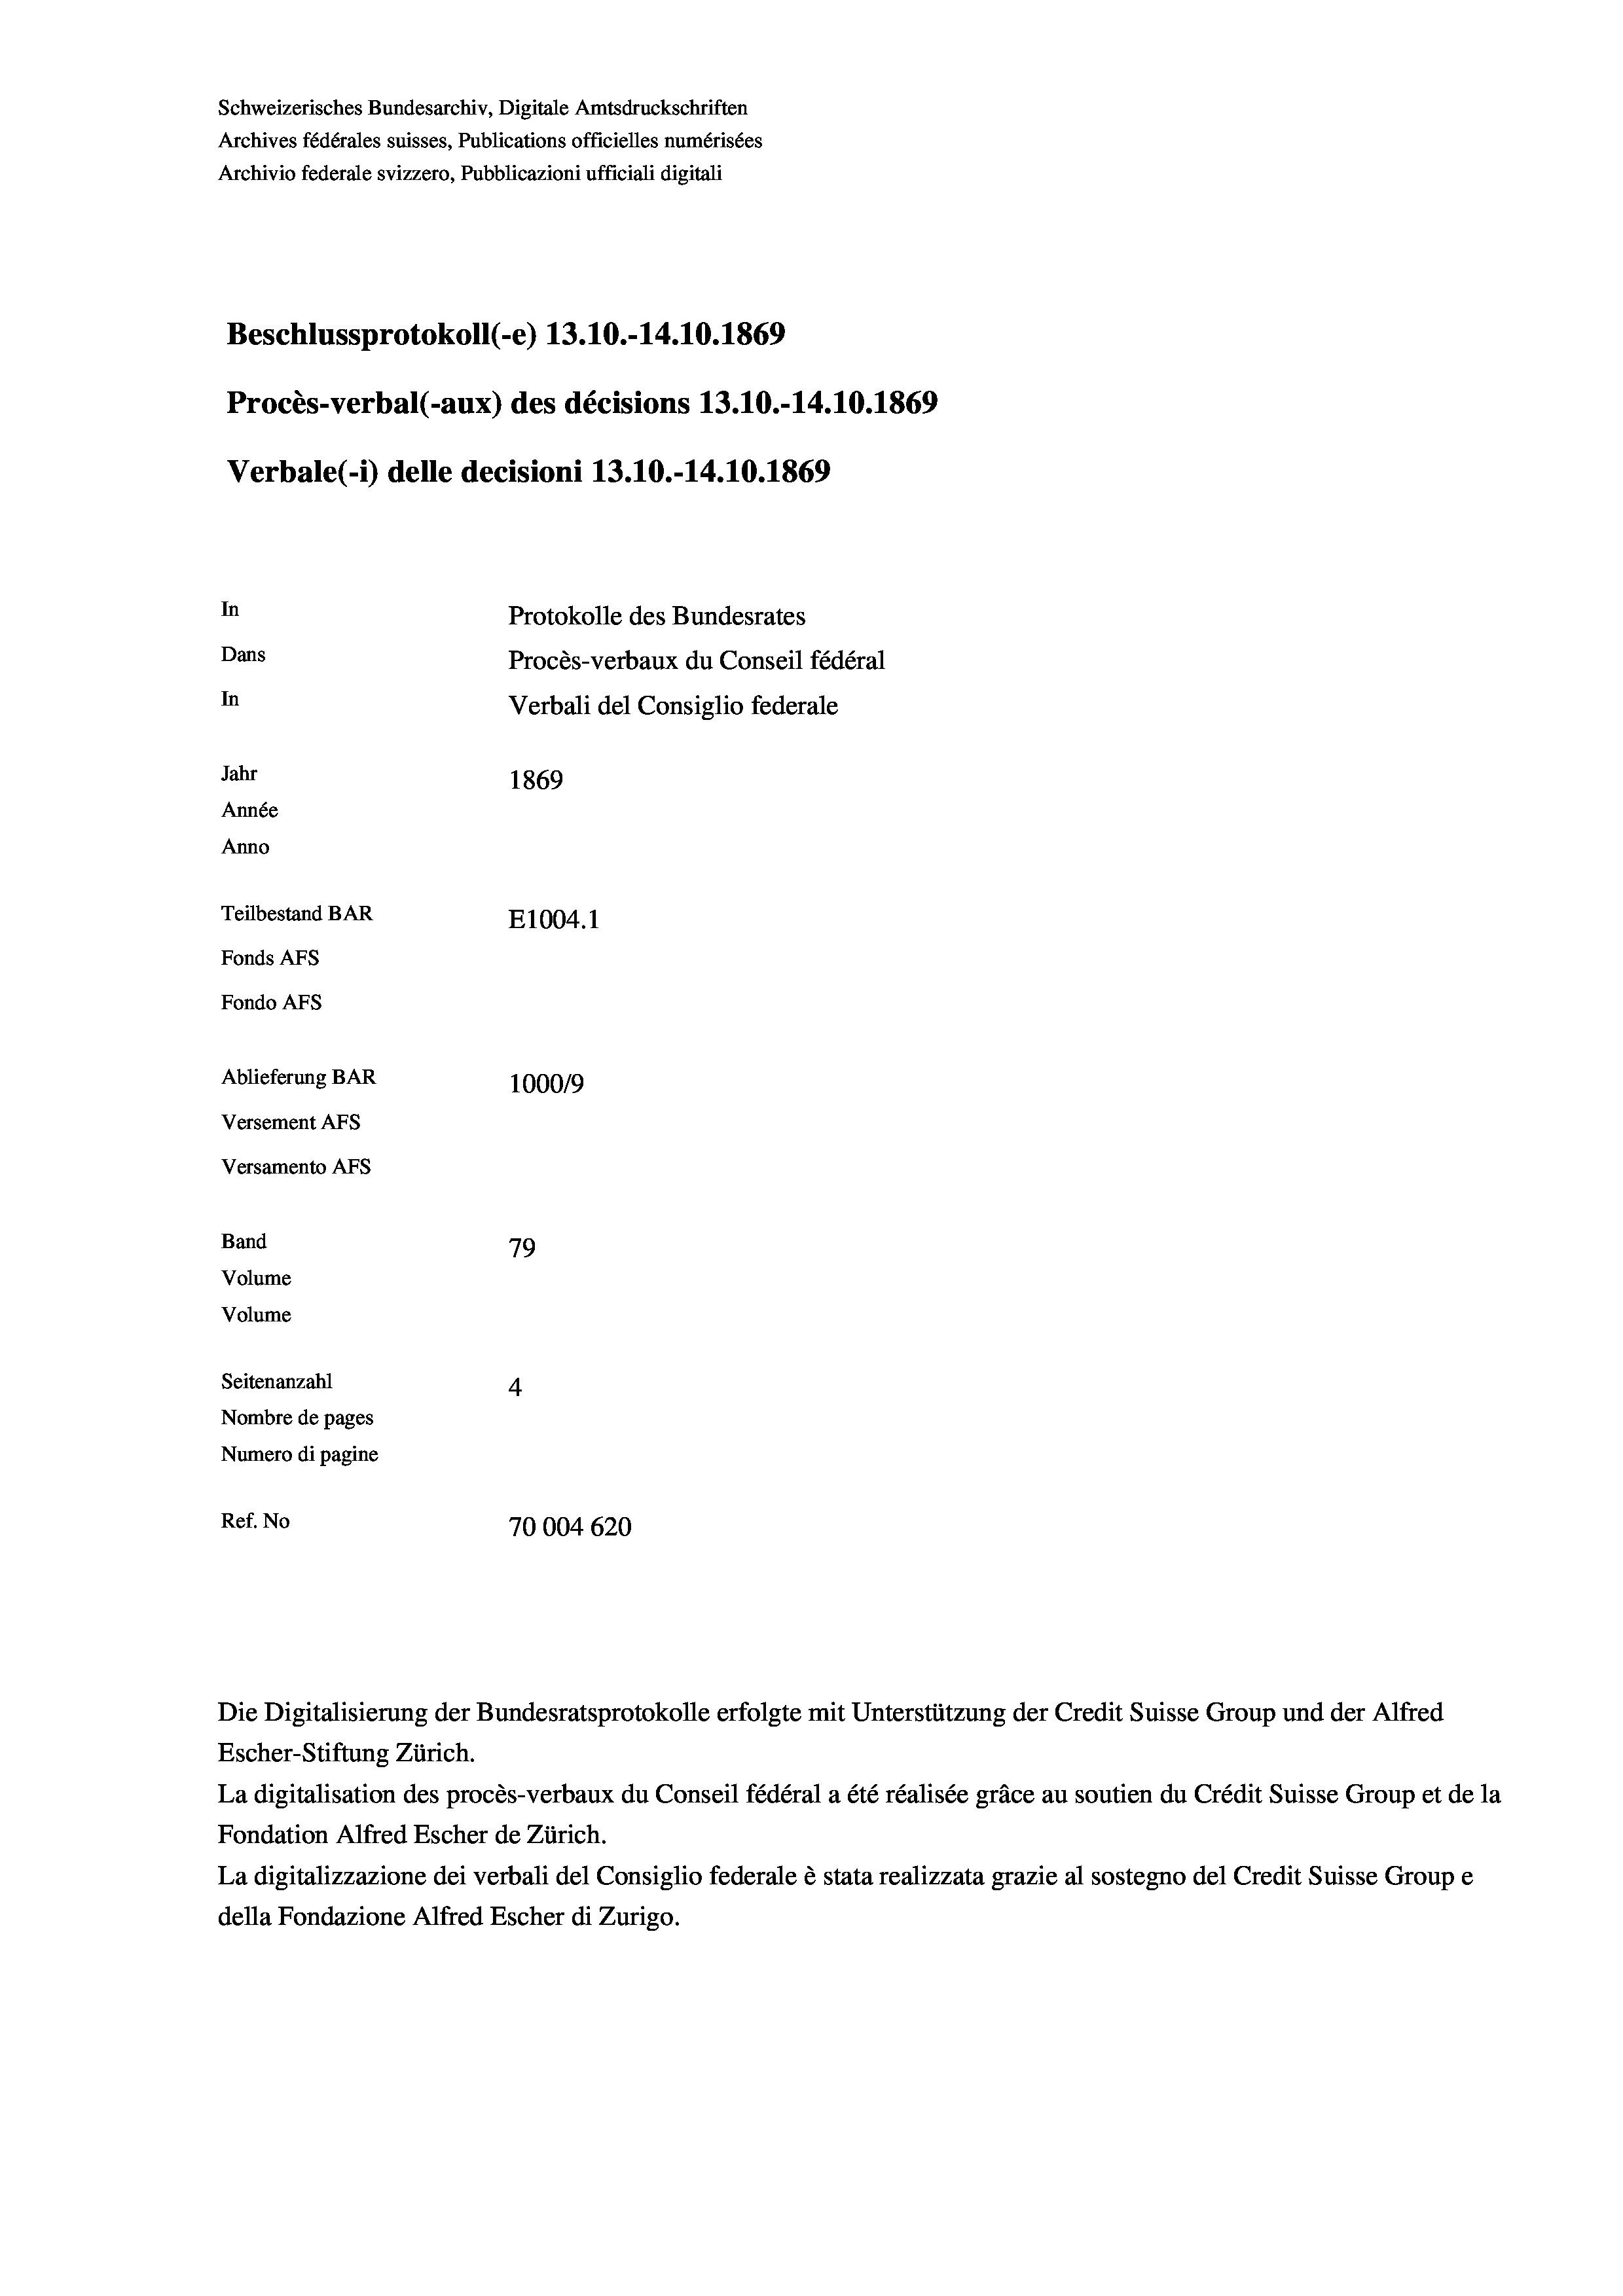
Schweizerisches Bundesarchiv, Digitale Amtsdruckschriften
Archives fédérales suisses, Publications officielles numérisées
Archivio federale svizzero, Pubblicazioni ufficiali digitali
Beschlussprotokoll (-e) 13.10.-14.10.1869
Procès-verbal (-aux) des décisions 13.10.-14.10.1869
Verbale (i) delle decisioni 13.10.-14.10.1869
In
Protokolle des Bundesrates
Dans
Procès-verbaux du Conseil fédéral
In
Verbali del Consiglio federale
Jahr
1869
Année
Anno
Teilbestand BAR
E1004.1
Fonds AFs
Fondo AFs
Ablieferung BAR
100019
Versement As
Versamento AFs
Band
79
Volume
Volume
Seitenanzahl
4
Nombre de pages
Numero di pagine
Ref. No
70004620

Escher-Stiftung Zürich.
La digitalisation des procès-verbaux du Conseil fédéral a été réalisée gräce au soutien du Crédit Suisse Group et de la
Fondation Alfred Escher de Zürich.
La digitalizzazione dei verbali del Consiglio federale è stata realizzata grazie al sostegno del Credit Suisse Groupe
della Fondazione Alfred Escher di Zurigo.

Die Digitalisierung der Bundesratsprotokolle erfolgte mit Unterstützung der Credit Suisse Group und der Alfred